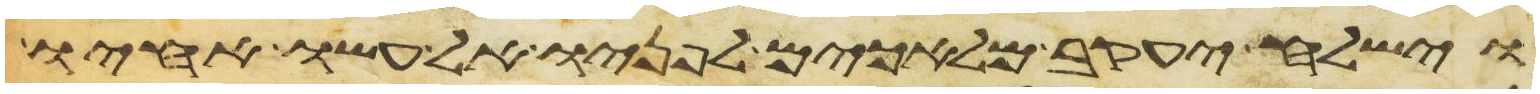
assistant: וישלח יעקב מלאכים לפניו אל עשו אחיו